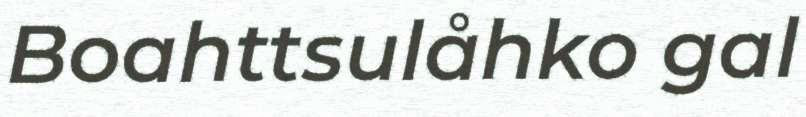
Boahttsulåhko gal